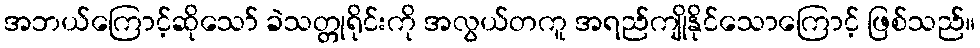
အဘယ်ကြောင့်ဆိုသော် ခဲသတ္တုရိုင်းကို အလွယ်တကူ အရည်ကျိုနိုင်သောကြောင့် ဖြစ်သည်။